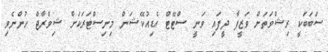
ސަބަބަކީ ރިޝްވަތަށް ވަޒީފާ ދީފައި ވަނީ ސްޓޭޓް އެޑިއުކޭޝަން މިނިސްޓަރަކަށް ޝިވްރާޖް ހުންނެވި